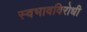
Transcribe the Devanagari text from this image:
स्वभावविरोधी